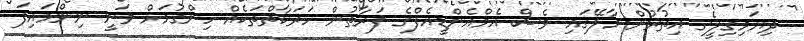
ދިޔަމިގިލީގެ އިތުރުން މާލޭގައި ވެސް އެމްއެންޑީއެފްގެ ފަރާތުން ހަރަކާތްތަކެއް ހިންގުމަށް ވަނީ ނިންމައިފަ